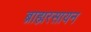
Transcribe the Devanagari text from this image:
ब्राह्मरसायन